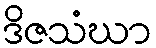
ဒိဇသံဃာ